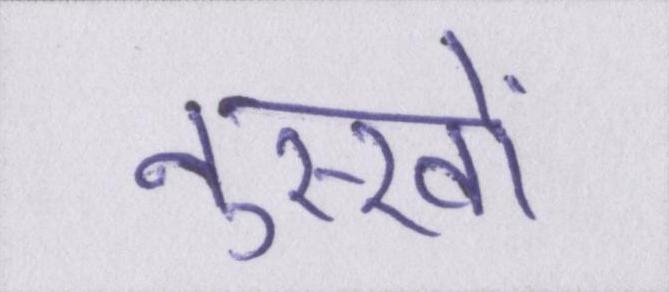
नुस्खों